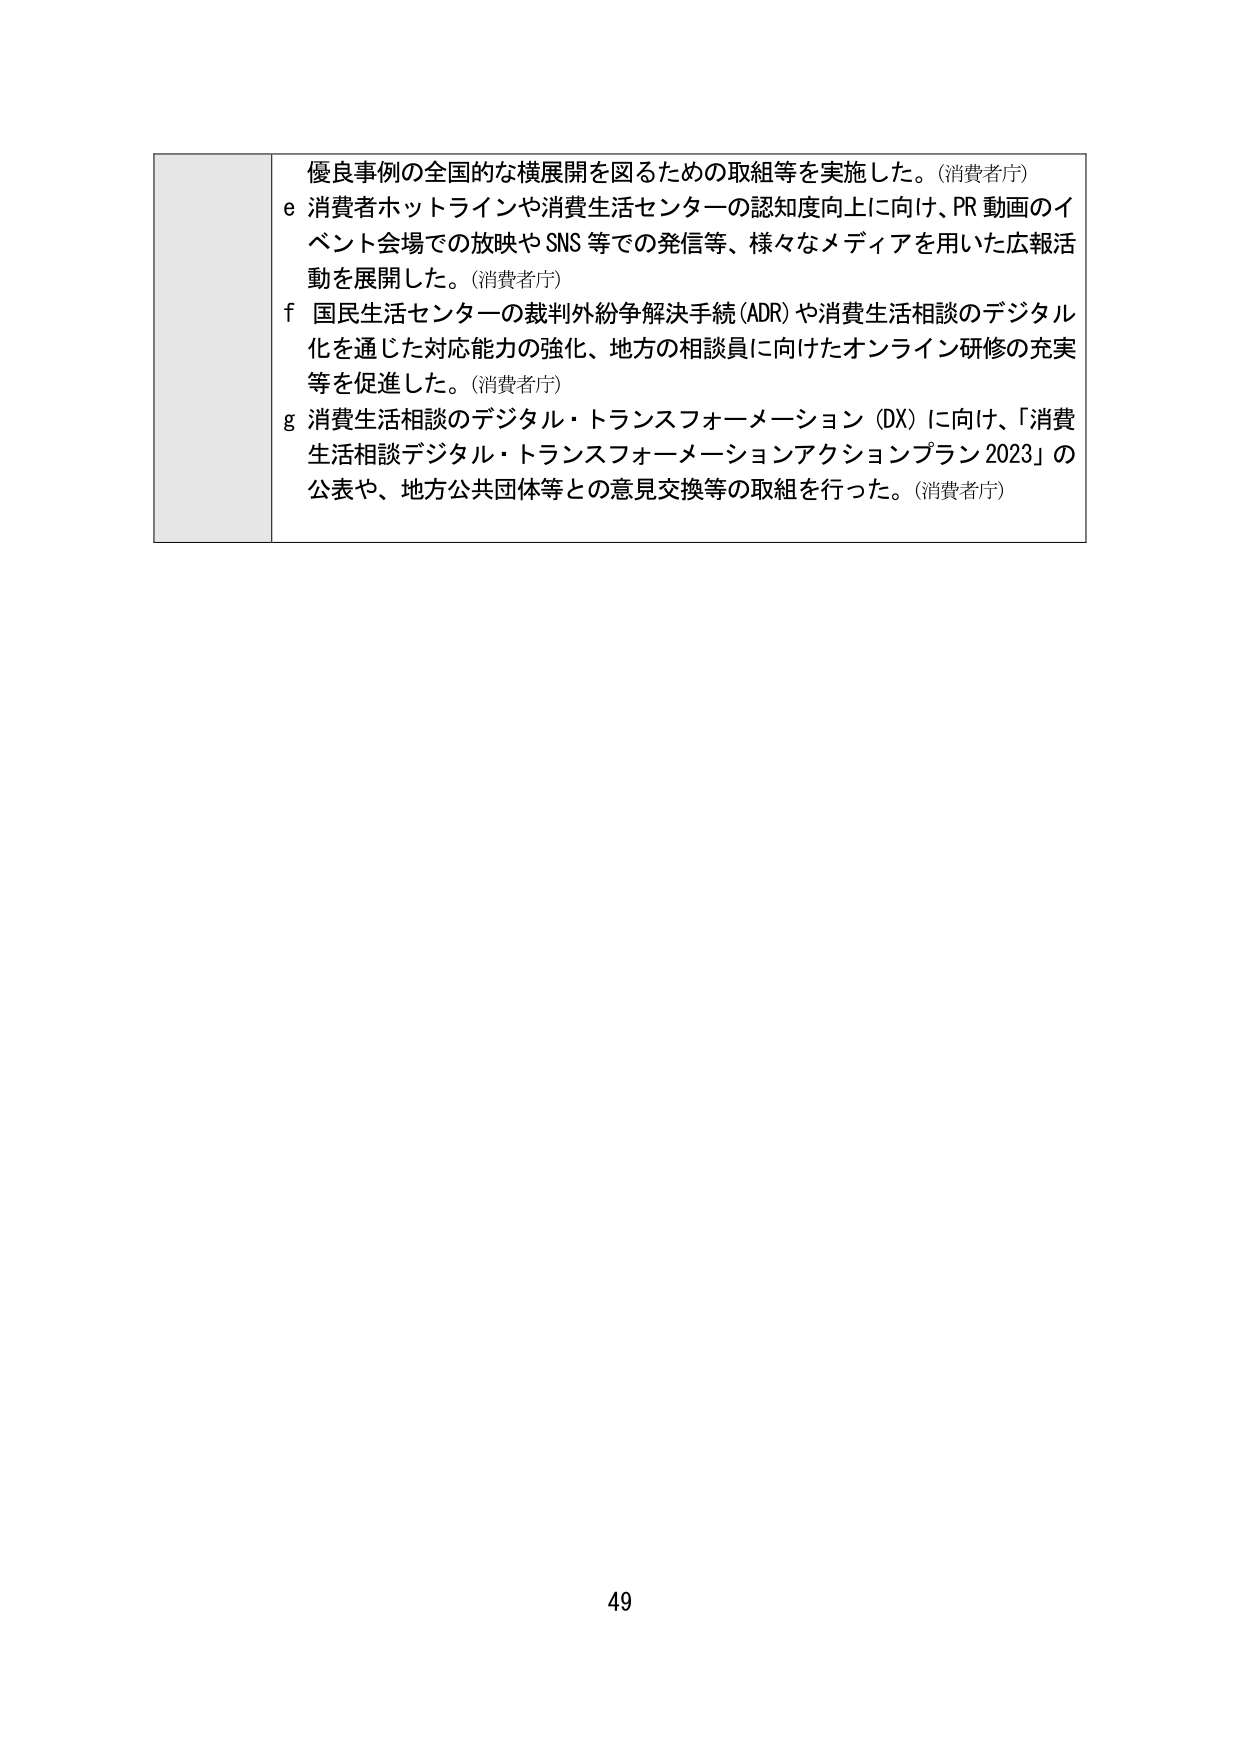
優良事例の全国的な横展開を図るための取組等を実施した。(消費者庁)
e 消費者ホットラインや消費生活センターの認知度向上に向け、PR 動画のイベント会場での放映や SNS 等での発信等、様々なメディアを用いた広報活動を展開した。(消費者庁)
f 国民生活センターの裁判外紛争解決手続(ADR)や消費生活相談のデジタル化を通じた対応能力の強化、地方の相談員に向けたオンライン研修の充実等を促進した。(消費者庁)
g 消費生活相談のデジタル・トランスフォーメーション(DX)に向け、「消費生活相談デジタル・トランスフォーメーションアクションプラン2023」の公表や、地方公共団体等との意見交換等の取組を行った。(消費者庁)
49